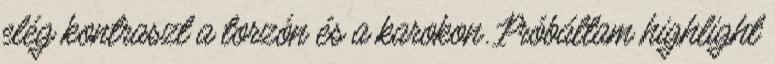
elég kontraszt a torzón és a karokon. Próbáltam highlight